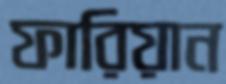
ফারিয়ান